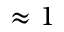
\approx 1